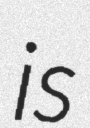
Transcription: is